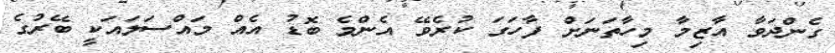
ގެންދަވާ އާޒިމާ މިހާތަނަށް ފާހަގަ ކުރެވޭ އެންމެ ބޮޑު އެއް މައްސަލައަކީ ބޭރުގެ